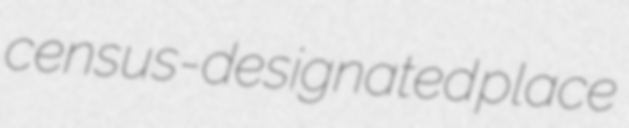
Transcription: census-designated place